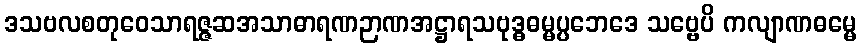
ဒသဗလစတုဝေသာရဇ္ဇဆအသာဓာရဏဉာဏအဋ္ဌာရသဗုဒ္ဓဓမ္မပ္ပဘေဒေ သဗ္ဗေပိ ကလျာဏဓမ္မေ